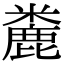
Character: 麊